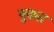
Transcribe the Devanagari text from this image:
युकत